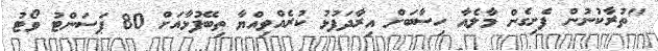
"ތުރާކުނުން ފެށިގެން މާލެއާ ހިސާބަށް އިރާދަފުޅު ކުރެއްވިއްޔާ ތިބޭފުޅާއަށް 80 ޕަސަންޓު ވޯޓު